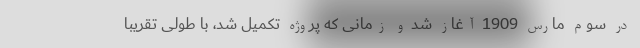
در سوم مارس 1909 آغاز شد و زمانی که پروژه تکمیل شد، با طولی تقریبا